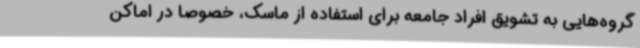
گروه‌هایی به تشویق افراد جامعه برای استفاده از ماسک، خصوصا در اماکن